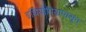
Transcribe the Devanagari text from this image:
इथियोपियापासून